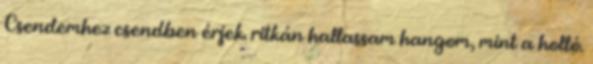
Csendemhez csendben érjek. ritkán hallassam hangom, mint a holló.